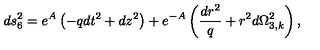
d s _ { 6 } ^ { 2 } = e ^ { A } \left( - q d t ^ { 2 } + d z ^ { 2 } \right) + e ^ { - A } \left( \frac { d r ^ { 2 } } { q } + r ^ { 2 } d \Omega _ { 3 , k } ^ { 2 } \right) ,